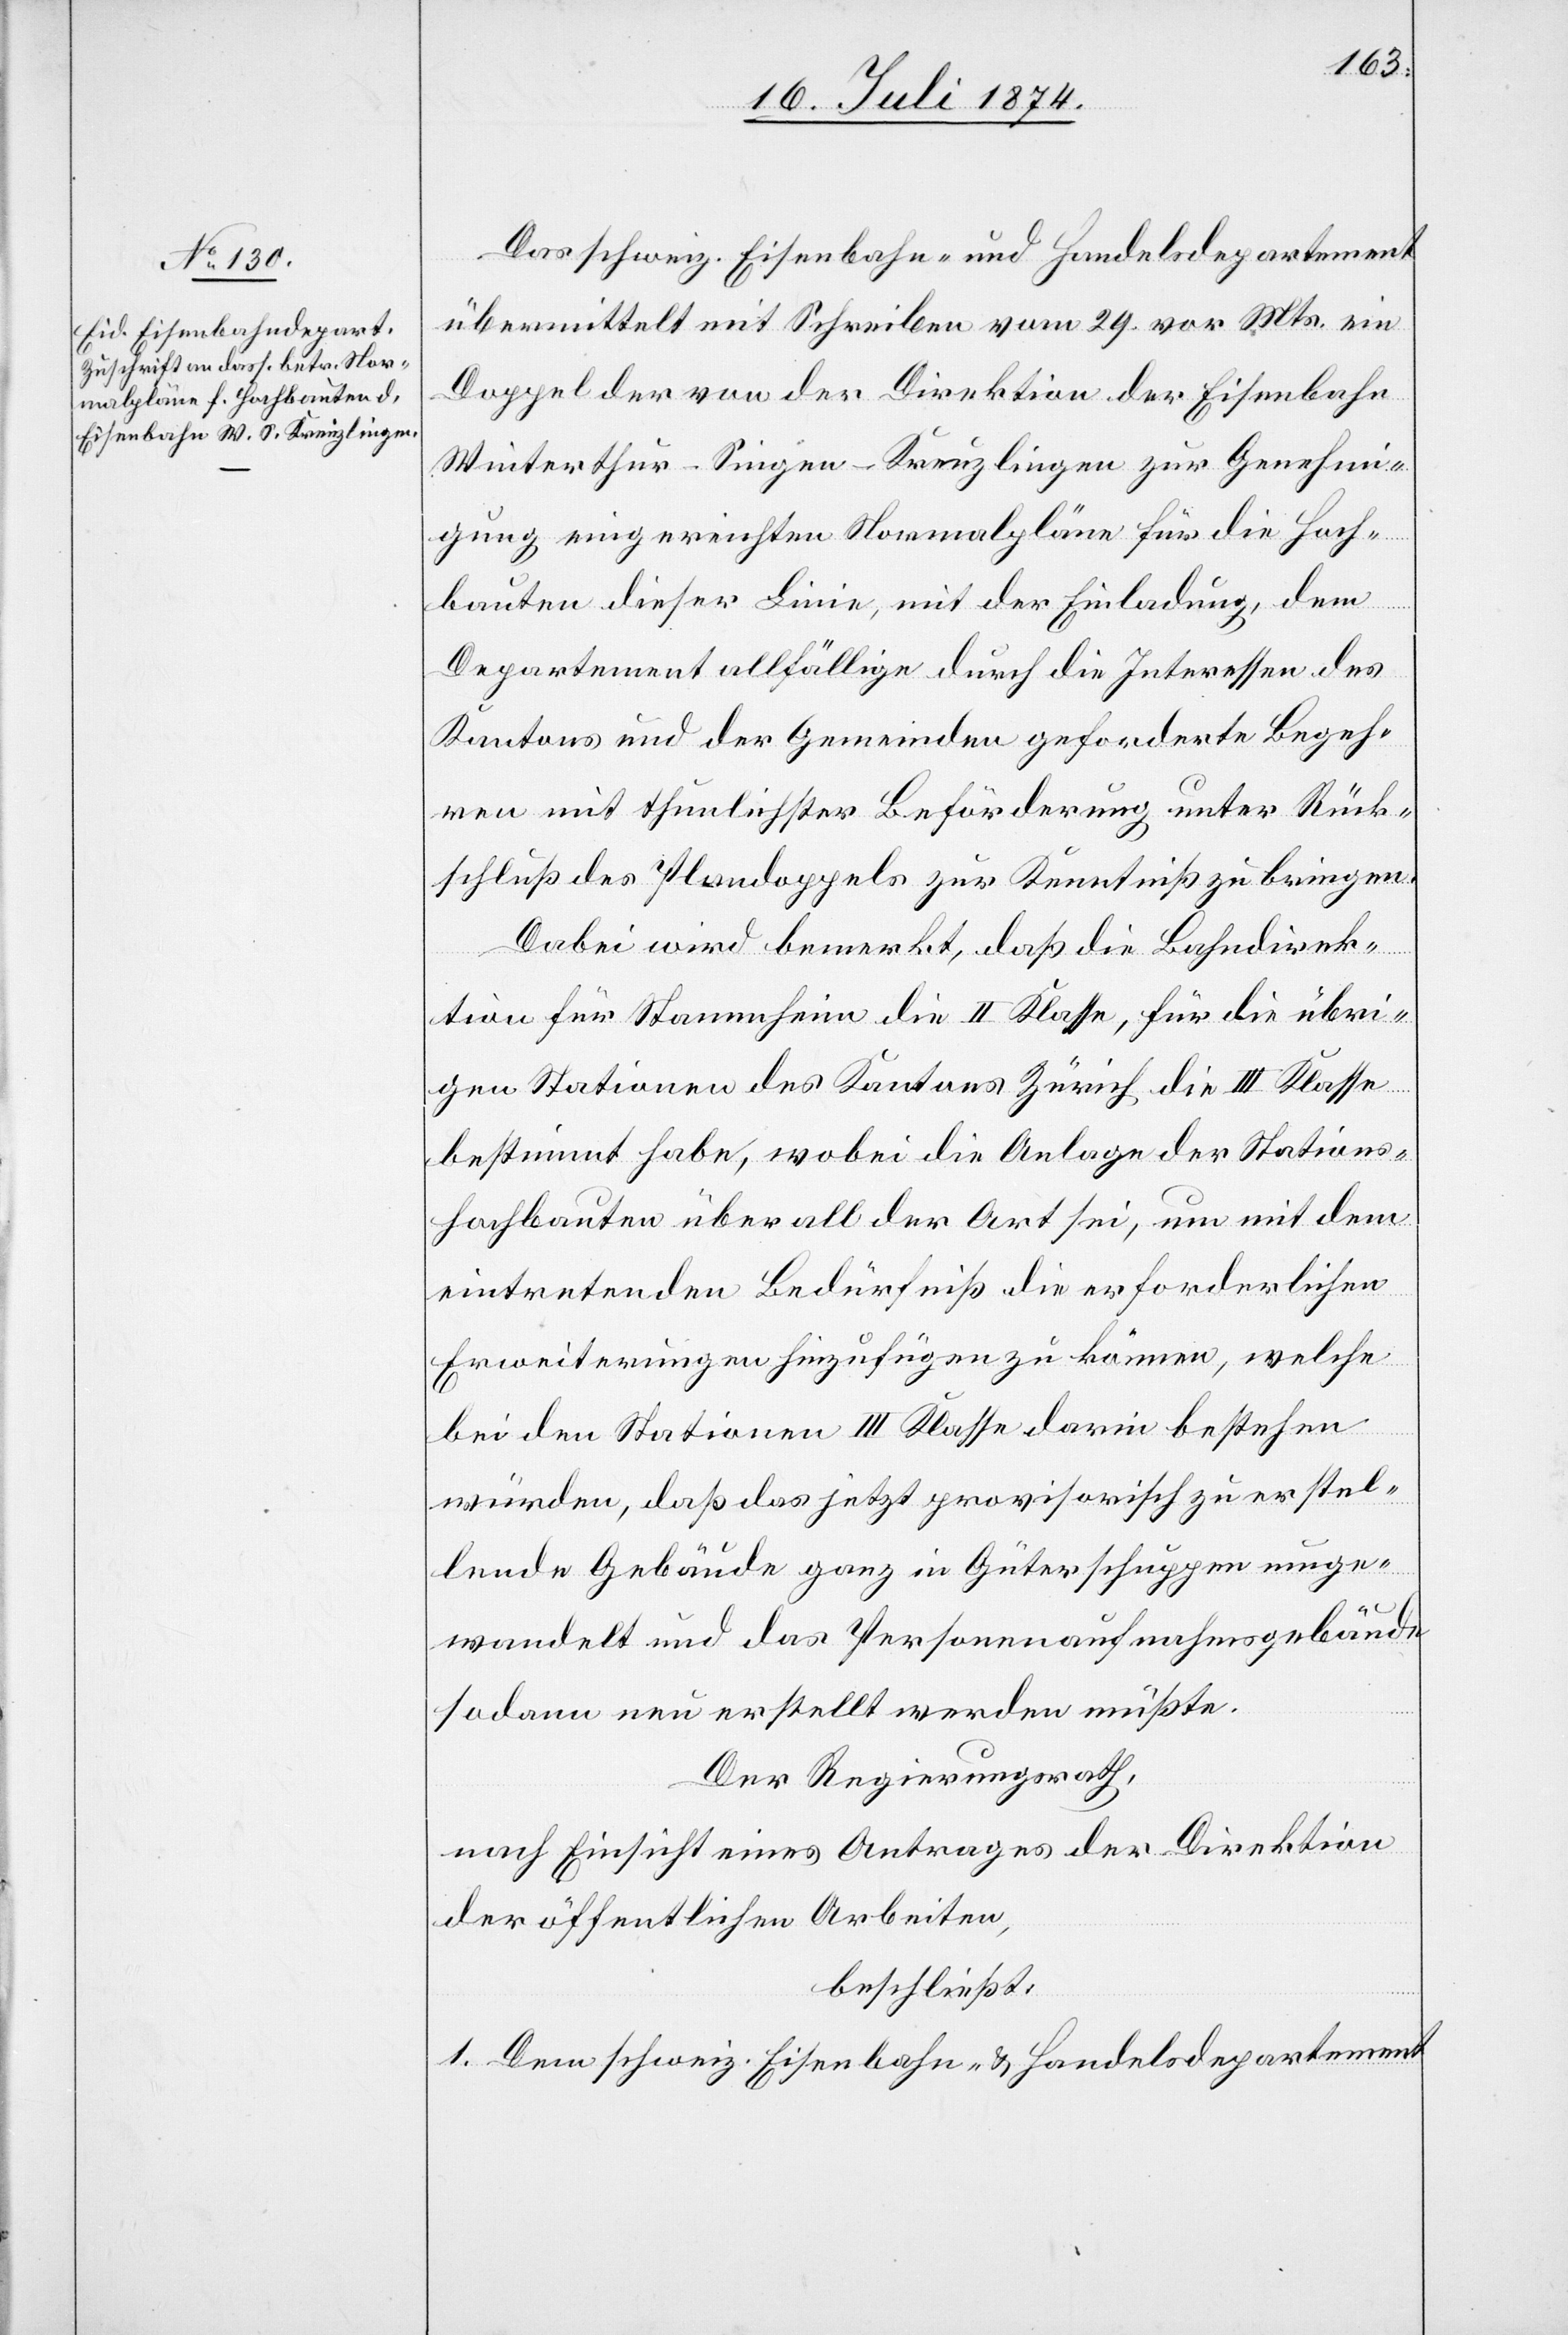
Das schweiz. Eisenbahn- und Handelsdepartement
übermittelt mit Schreiben vom 29. vor. Mts. ein
Doppel der von der Direktion der Eisenbahn
Winterthur–Singen–Kreuzlingen zur Genehmi¬
gung eingereichten Normalpläne für die Hoch¬
bauten dieser Linie, mit der Einladung, dem
Departement allfällige durch die Interessen des
Kantons und der Gemeinden geforderte Begeh¬
ren mit thunlichster Beförderung unter Rück¬
schluß des Plandoppels zur Kenntniß zu bringen.
Dabei wird bemerkt, daß die Bahndirek¬
tion für Stammheim die II. Klasse, für die übri¬
gen Stationen des Kantons Zürich die III. Klasse
bestimmt habe, wobei die Anlage der Stations¬
hochbauten überall der Art sei, um mit dem
eintretenden Bedürfniß die erforderlichen
Erweiterungen hinzufügen zu können, welche
bei den Stationen III. Klasse darin bestehen
würden, daß das jetzt provisorisch zu erstel¬
lende Gebäude ganz in Güterschuppen umge¬
wandelt und das Personenaufnahmsgebäude
sodann neu erstellt werden müßte.
Der Regierungsrath,
nach Einsicht eines Antrages der Direktion
der öffentlichen Arbeiten,
beschließt:
1. Dem schweiz. Eisenbahn- u. Handelsdepartement